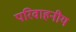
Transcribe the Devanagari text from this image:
परिवाहनीय